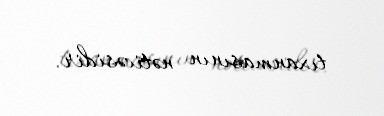
tıxanmasının nəticəsidir.